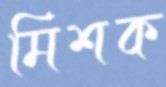
মিশক